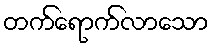
တက်ရောက်လာသော